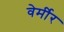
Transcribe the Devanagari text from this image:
वेर्मीर